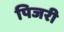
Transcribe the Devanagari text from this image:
पिजरी